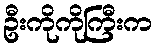
ဦးကိုကိုကြီးက